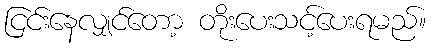
ငြင်းနေလျှင်တော့ တိုးပေးသင့်ပေးရမည်။